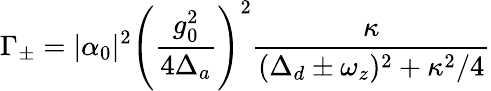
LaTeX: \Gamma_{\pm}=|\alpha_{0}|^{2}\left(\frac{g_{0}^{2}}{4\Delta_{a}}\right)^{2}\frac{\kappa}{(\Delta_{d}\pm\omega_{z})^{2}+\kappa^{2}/4}